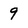
Character: 9